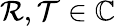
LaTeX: \mathcal{R},\mathcal{T}\in\mathbb{C}